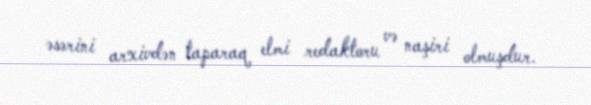
əsərini arxivdən taparaq elmi redaktoru və naşiri olmuşdur.